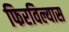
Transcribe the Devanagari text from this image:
फिरविल्यास